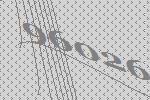
96026